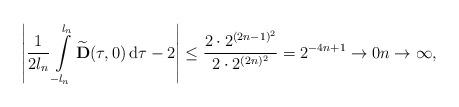
LaTeX: \begin{align*}\left| \frac1{2l_n}\int\limits^{l_n}_{-l_n}\widetilde{{\bf D}}(\tau,0)\,{\rm d}\tau-2\right|\le \frac{2\cdot 2^{(2n-1)^2}}{2\cdot2^{(2n)^2}}=2^{-4n+1}\to 0 n\to\infty,\end{align*}